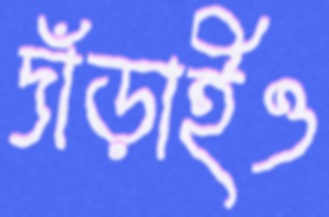
দাঁড়াইও